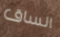
الساق